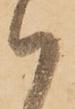
ハ